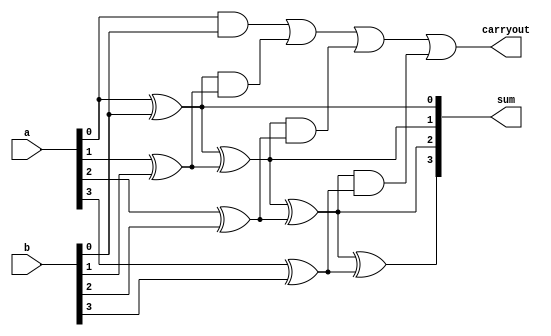
module kogge_stone_adder(
    input [3:0] a,
    input [3:0] b,
    output [3:0] sum,
    output carryout
);

wire [3:0] p, g; 

assign p[0] = a[0] ^ b[0];
assign g[0] = a[0] & b[0];

assign p[1] = p[0] ^ (a[1] ^ b[1]);
assign g[1] = g[0] | (p[0] & (a[1] ^ b[1]));

assign p[2] = p[1] ^ (a[2] ^ b[2]);
assign g[2] = g[1] | (p[1] & (a[2] ^ b[2]));

assign p[3] = p[2] ^ (a[3] ^ b[3]);
assign g[3] = g[2] | (p[2] & (a[3] ^ b[3]));

assign sum = {g[3], p[3:0]}; 
assign carryout = g[3];

endmodule